Bréfritari: Ásgeir Tryggvi Friðgeirsson
Viðtakandi: Einar Friðgeirsson
Dagsetning: A-1896-03-14
Skrifað á: Geirseyri  V-Barð.
Ásgeir er bróðir Einars

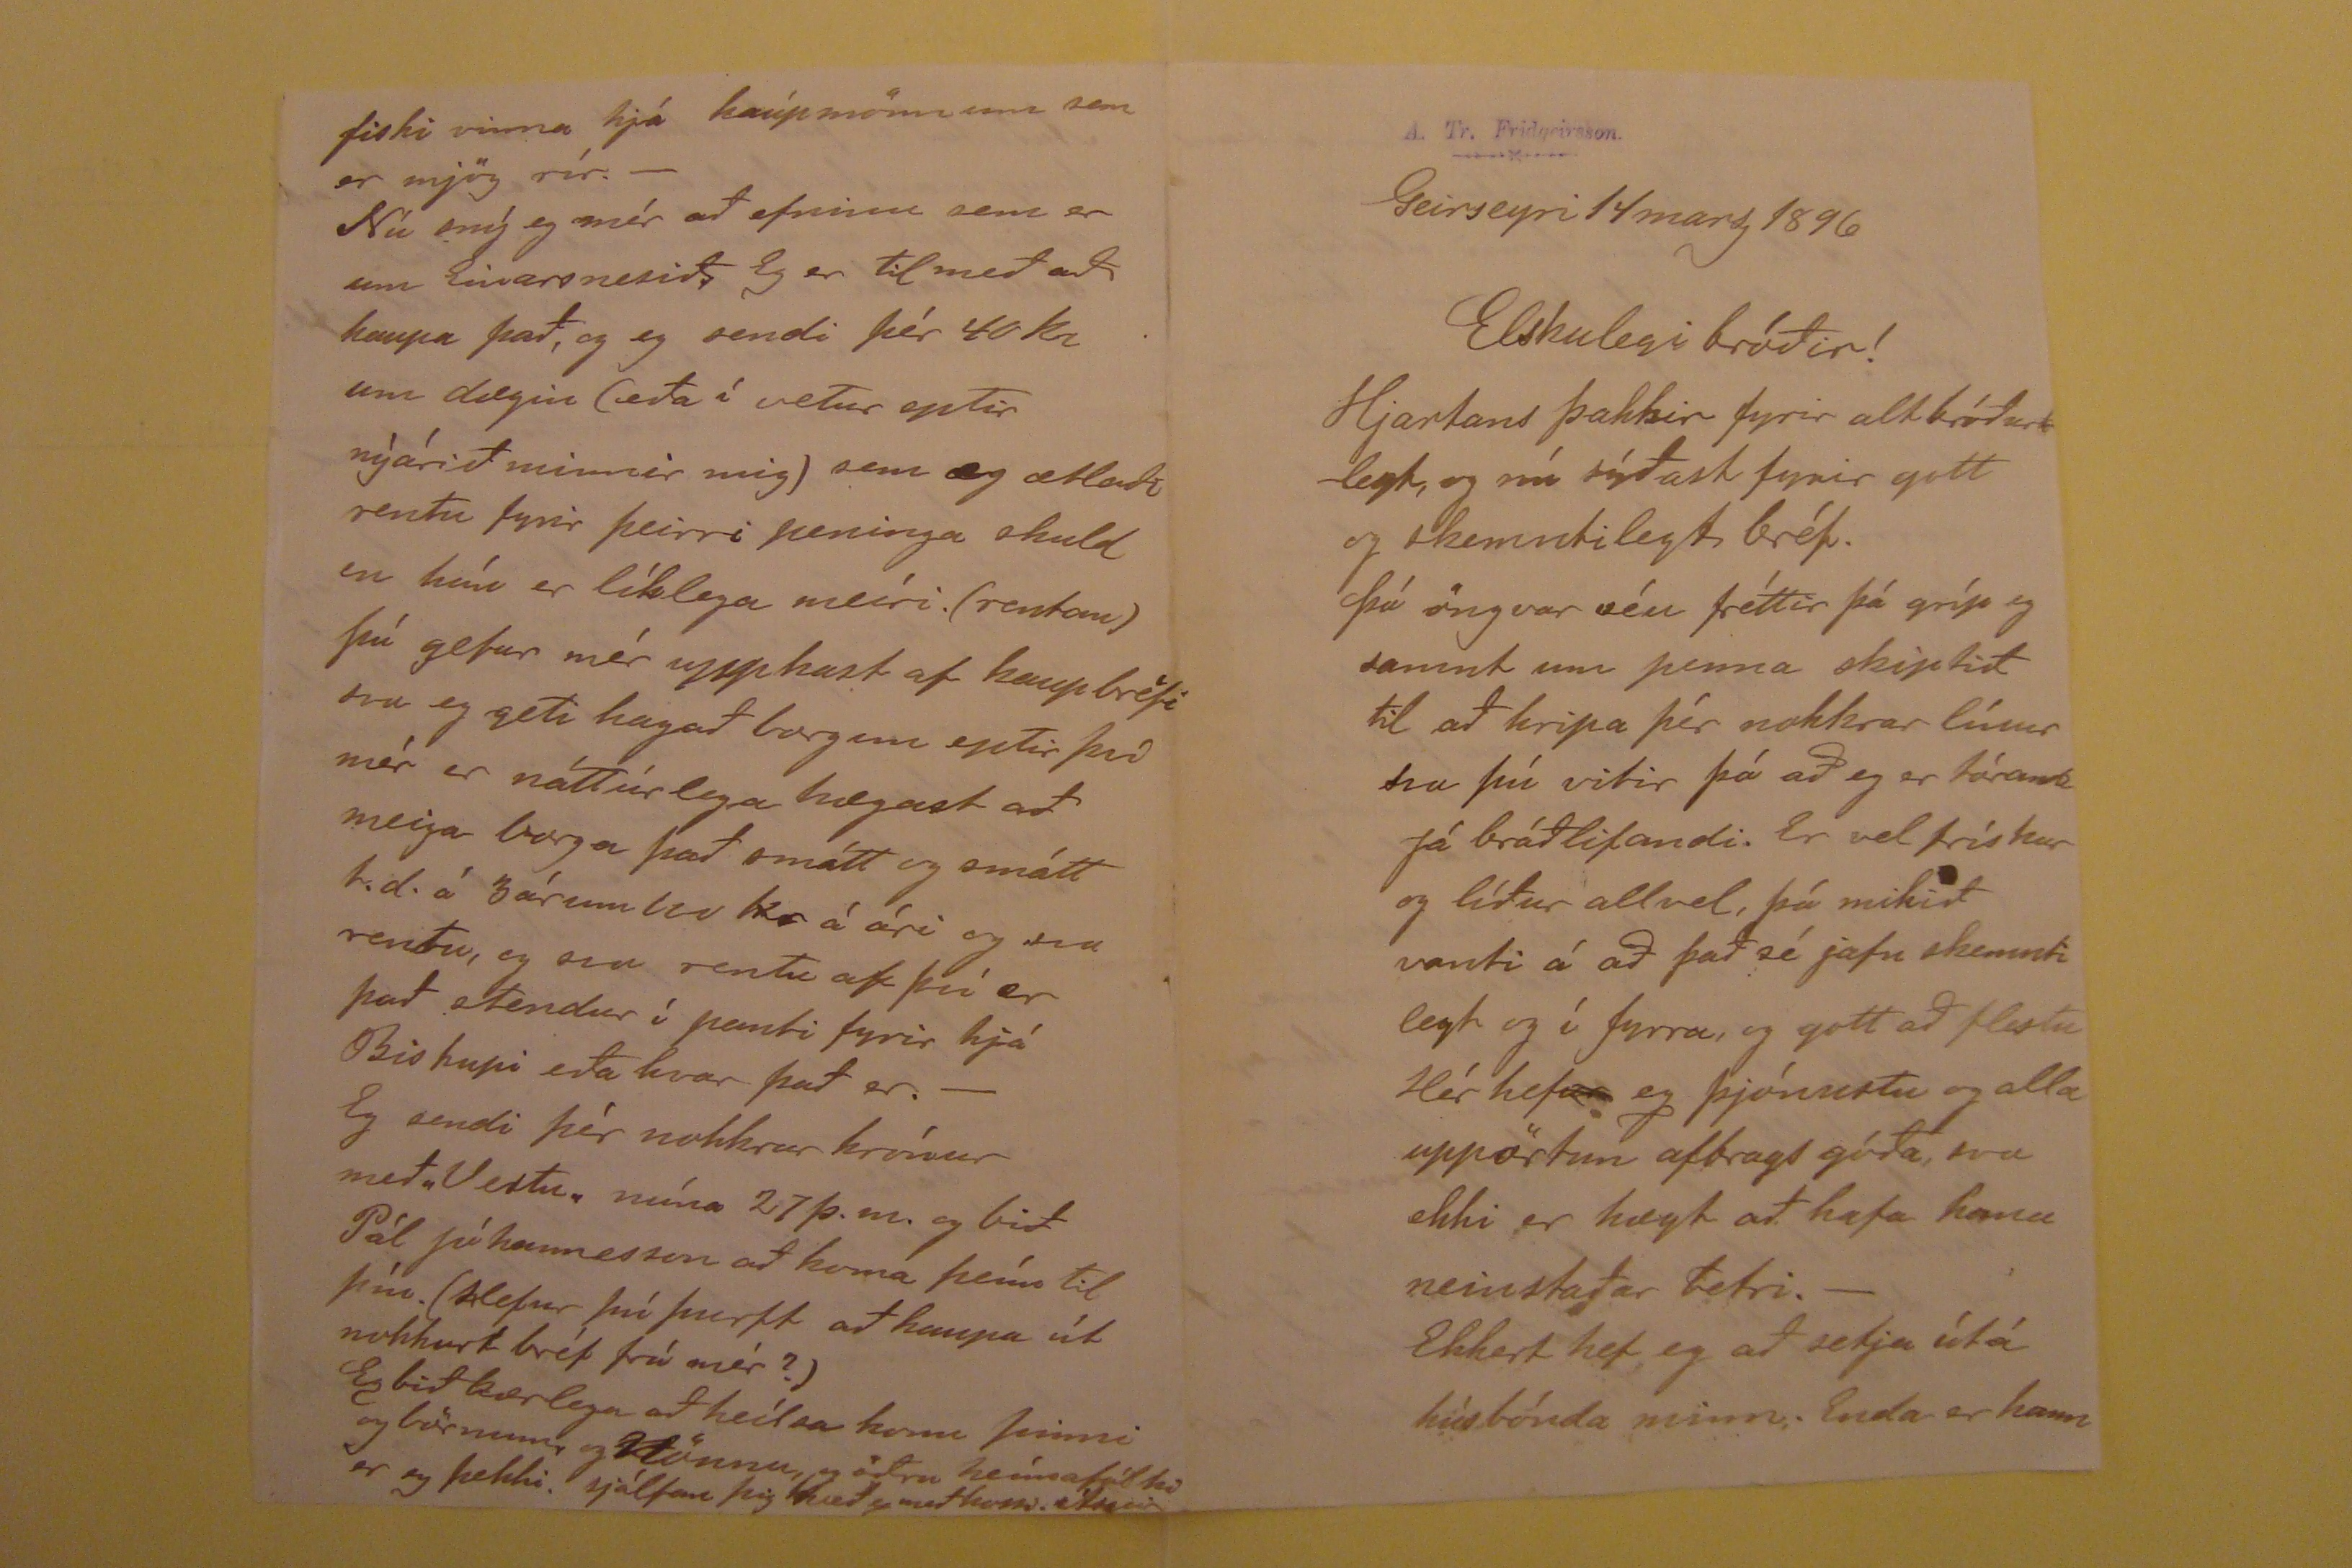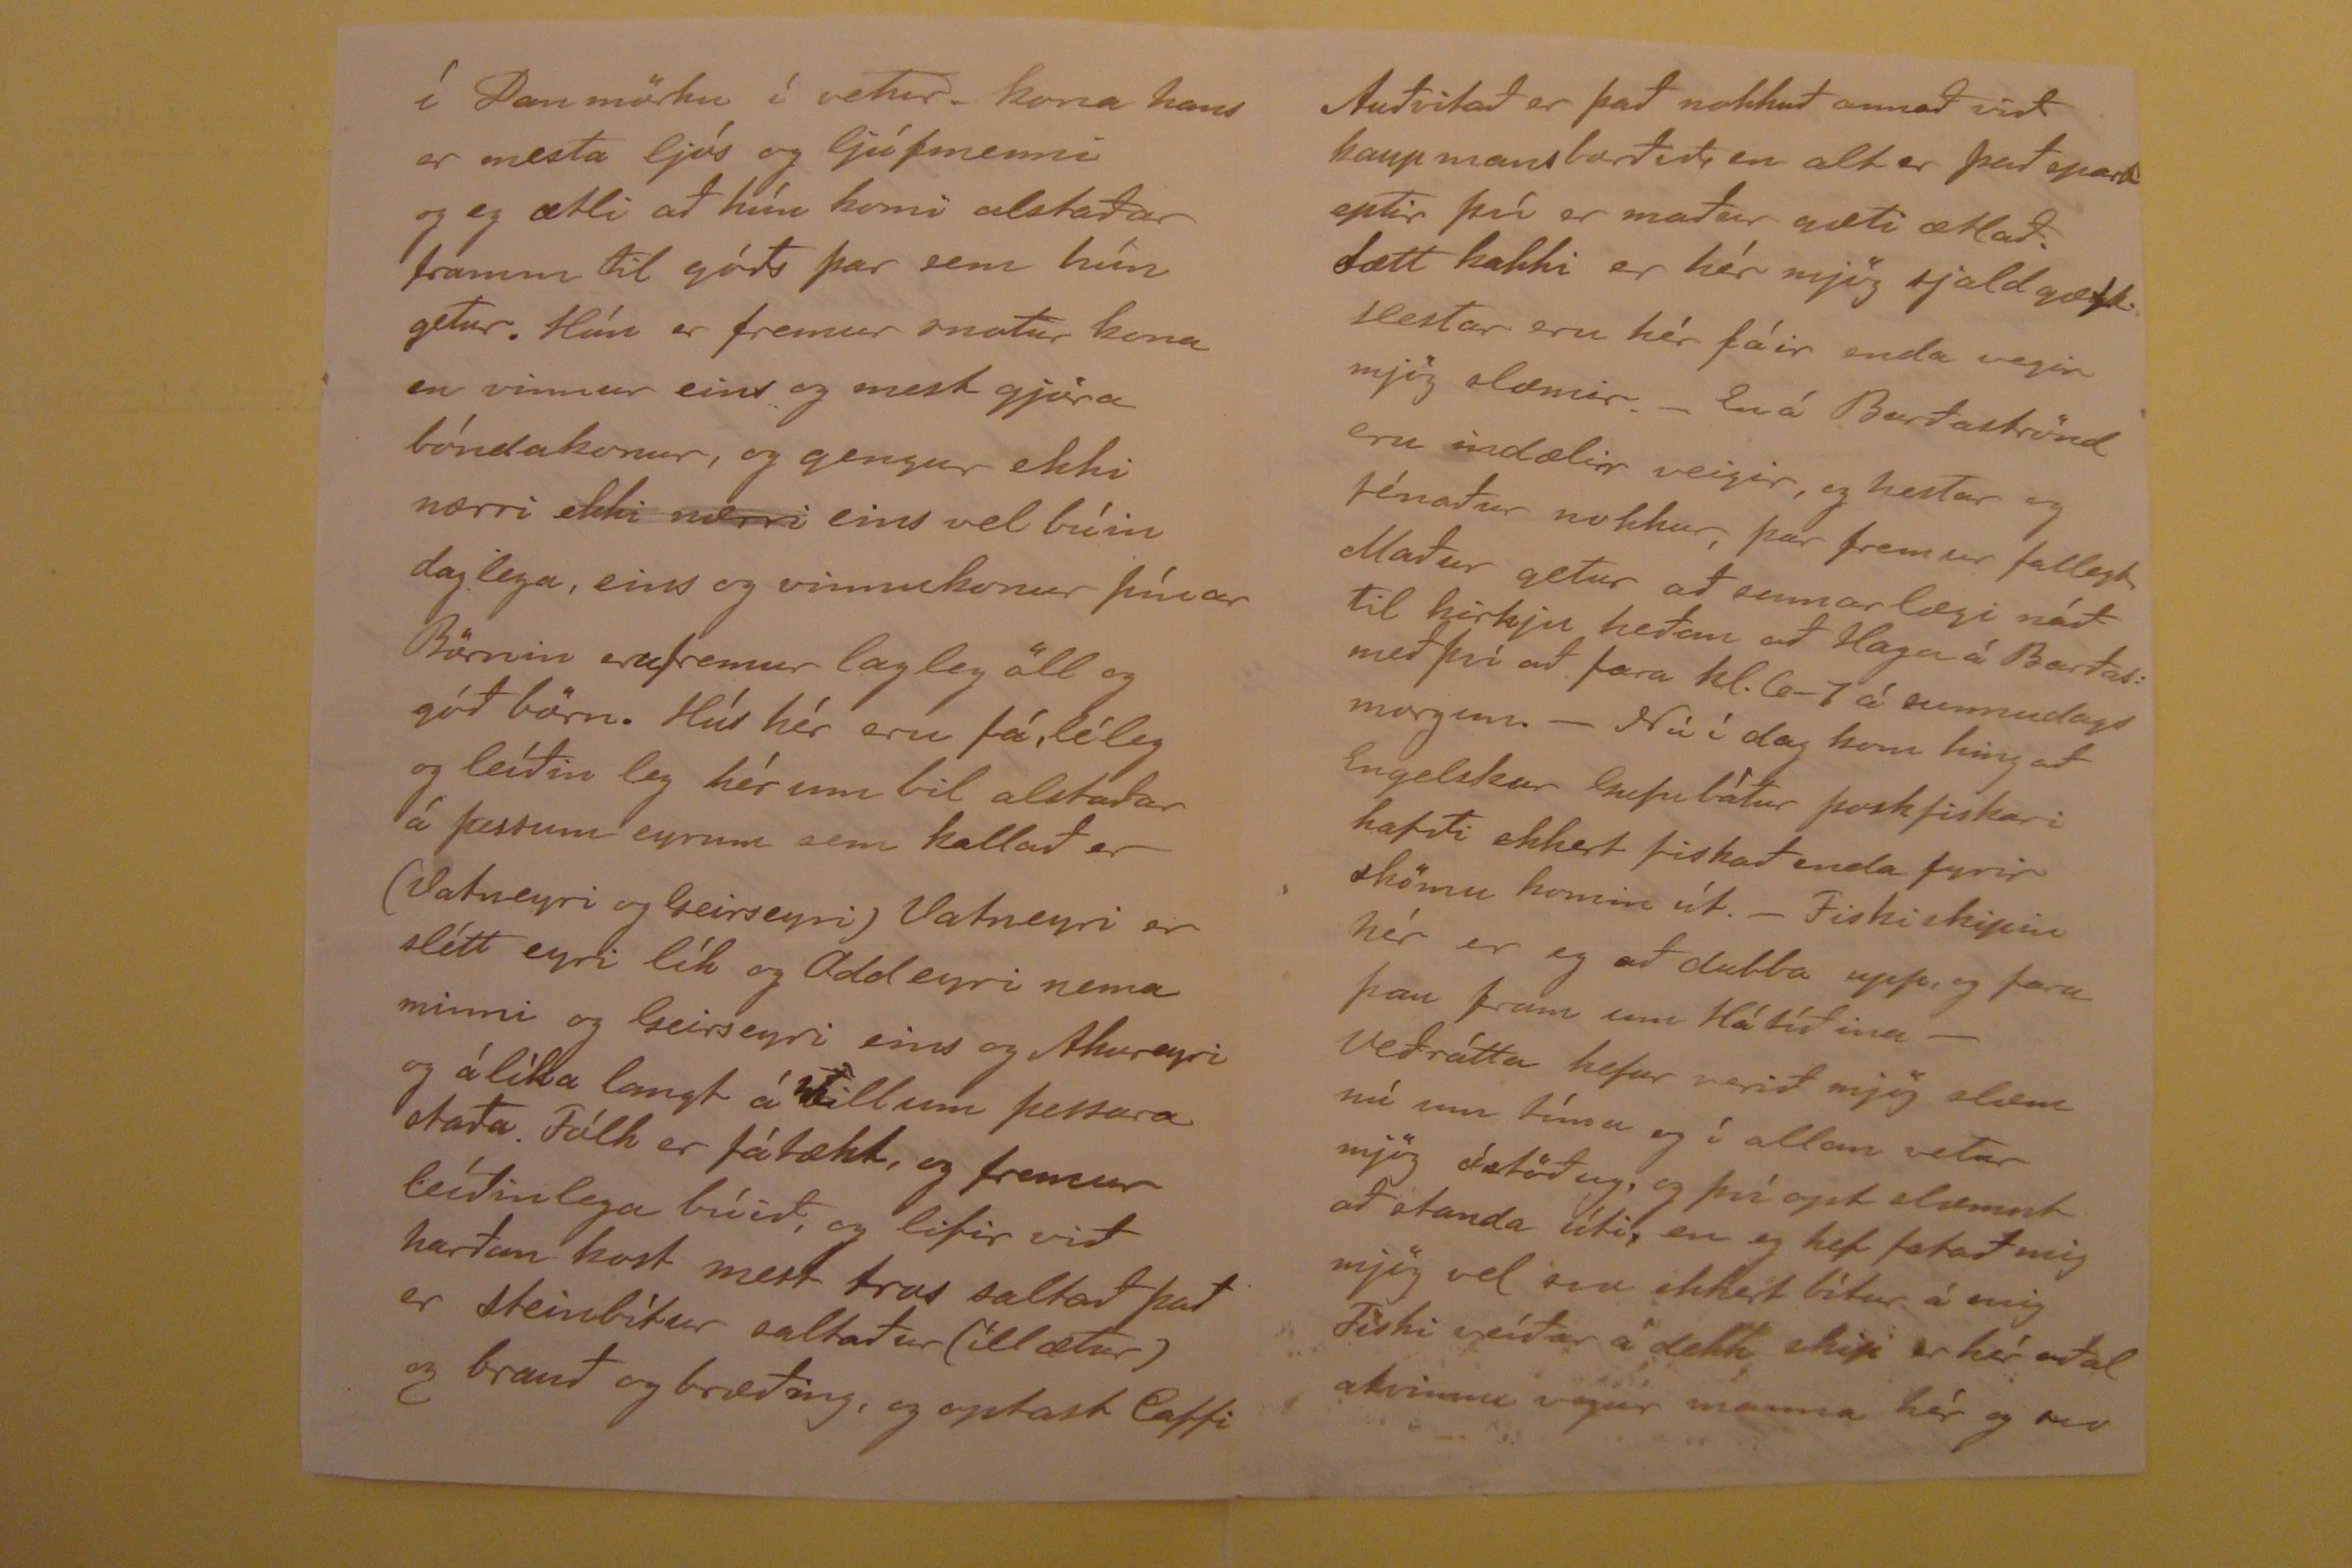

Geirseyri 14 marz 1896
Elskuegi bróðir!
Hjartans þakkir fyrir alt bróðurlegt, og nú sýðast fyrir gott og skemntilegt bréf. Þó öngvar séu fréttir þá gríp eg samnt um penna skiptið til að hripa þér nokkrar
línur svo þú vitir þá að eg er tórandi Já bráðlifandi. Er vel frískur og líður allvel, þó mikið vanti á að það sé jafn skemntilegt og í fyrra, o ggott að flestu Hér hef
hand="scribe" rend="overstrike">ur eg þjónustu og alla uppörtun afbrags góðða, svo ekki er hægt að hafa hana neinstaðar betri.- Ekkert hef eg að setja útá
húsbónda minn. Enda er hann
ælli eg að senda þetta Páli Jóhannessyni og biðja hann að geíma þar til þú ráðstafar þeím. Hverin líður hestunum mínum? EF Sigurbjörn eða einhver vildi senda mér
gott húasmjör skildi eg aptur senda hval, eða fiður, en það þarf eg að vita í tíma. greínilega.
Vislitt
fiður kostar 80ar hvítt 100 pundið. Smjör
get eg fyrir 70 ar hingað flutt ef gott er, lána öngvum,- Ef þú skrifar eða hittir Thór Jensen vin okkar þá seg honum að vara hig á Vilhjálmi Þorvaldssyni sem hér er,
og eíni
??
sinni
var
hjá Jóhanni Længi því hann mun ekkert bæta eða hafa bætt fyrir honum. Hann (V.) fór norður í Arnarfjörð þegar hann frétti að Thor gerði þeím verzlunar tilboðið og
ætlaði víst að næta þá og fá vöru þeirra hingað en slíkt mun ekki hafa hrifir, (þetta er bróðir Böðvara)
Eg skildi vera hjá JEnsen ef hann vildi og hann fer að verzla hér eða byggja ef eg vissi það í tíma, en nó tilboð fæ eg, en eg ræð mig ekki að svo stöddu. Eg
kveð ykkur öll með heílla óskum mælir þinn elskandi bróðir
Ásgeir
Nú er 2 ap. Skýrdagur. "
Vesta
" ókomin. En póstur komin og fer í fyrramálið. Eg þakka þér því fyrir gott bréf er eg fékk frá þér núna með
pósti d.s.10 marz. Eg breíti því nú til að sendi þér með póstinum þessar 25 krónur ámynstu.- Þar sem þú minnist á hvalin. Þá sendi eg þér hann allan en mæltist til að
þú hjálpaðir Gunnæ. um aðra kval tunnuna, og það gengi ykkar á millum, því þú ert sá eíni sem eg treísti þar. og hefur alla umsjón á mínum efnum. En þú mátt ráða
með það, eg sagði þér um hvað mig kostaði það og það peninga skíra
fiski vinna hjá kaupmönnum sem er mjög rír.- Nú sný eg mér að efninu sem er um Einarsnesið. Eg er til með að kaupa það, og eg sendi þér 40 kr um dægin (eða
í vetur eptir nýárið minnir mig) sem eg ætlaði rentu fyrir þeirri peninga skuld en hún er líklega meíri. (rentan) Þú gefur mér uppkast af kaupbréfi svo eg geti hagað borgun
eptir því mér er náttúrlega hægast að meiga borga það smátt og smátt t.d. á 3 árum 100 kr á ári og
svo
rentu, og svo rentu af því er það stendur
í panti fyrir hjá Biskupi eða hvar það er.- Eg sendi þér nokkrar krónur með "Vestu" núna 27 þ.m. og bið Pál Jóhannesson að koma þeím til þín. (Hefur þú þurft að kaupa
út nokkurt bréf frá mér?) Eg bið kærlega að heísla konu þinni og börnum, og Nönnu, og öðru heímafólki er eg þekki. sjálfan þig kveð eg með kossi. Ásgeir